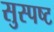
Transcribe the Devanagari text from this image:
सुस्‍पष्‍ट